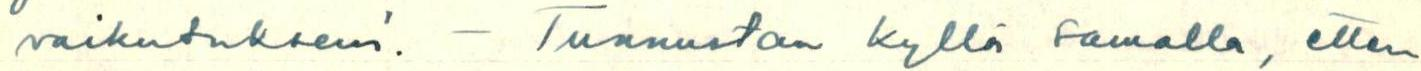
vaikutukseni. - Tunnustan kyllä samalla, etten